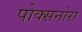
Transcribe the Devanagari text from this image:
पोक्सनोरा